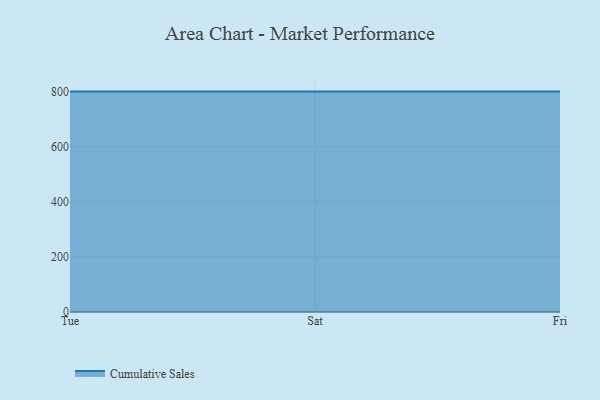
{"axis": {"x": "Day", "y": "Satisfaction Score"}, "legend": ["Cumulative Sales"], "data": [{"x": "Tue", "y": 800, "type": "Cumulative Sales"}, {"x": "Sat", "y": 800, "type": "Cumulative Sales"}, {"x": "Fri", "y": 800, "type": "Cumulative Sales"}]}